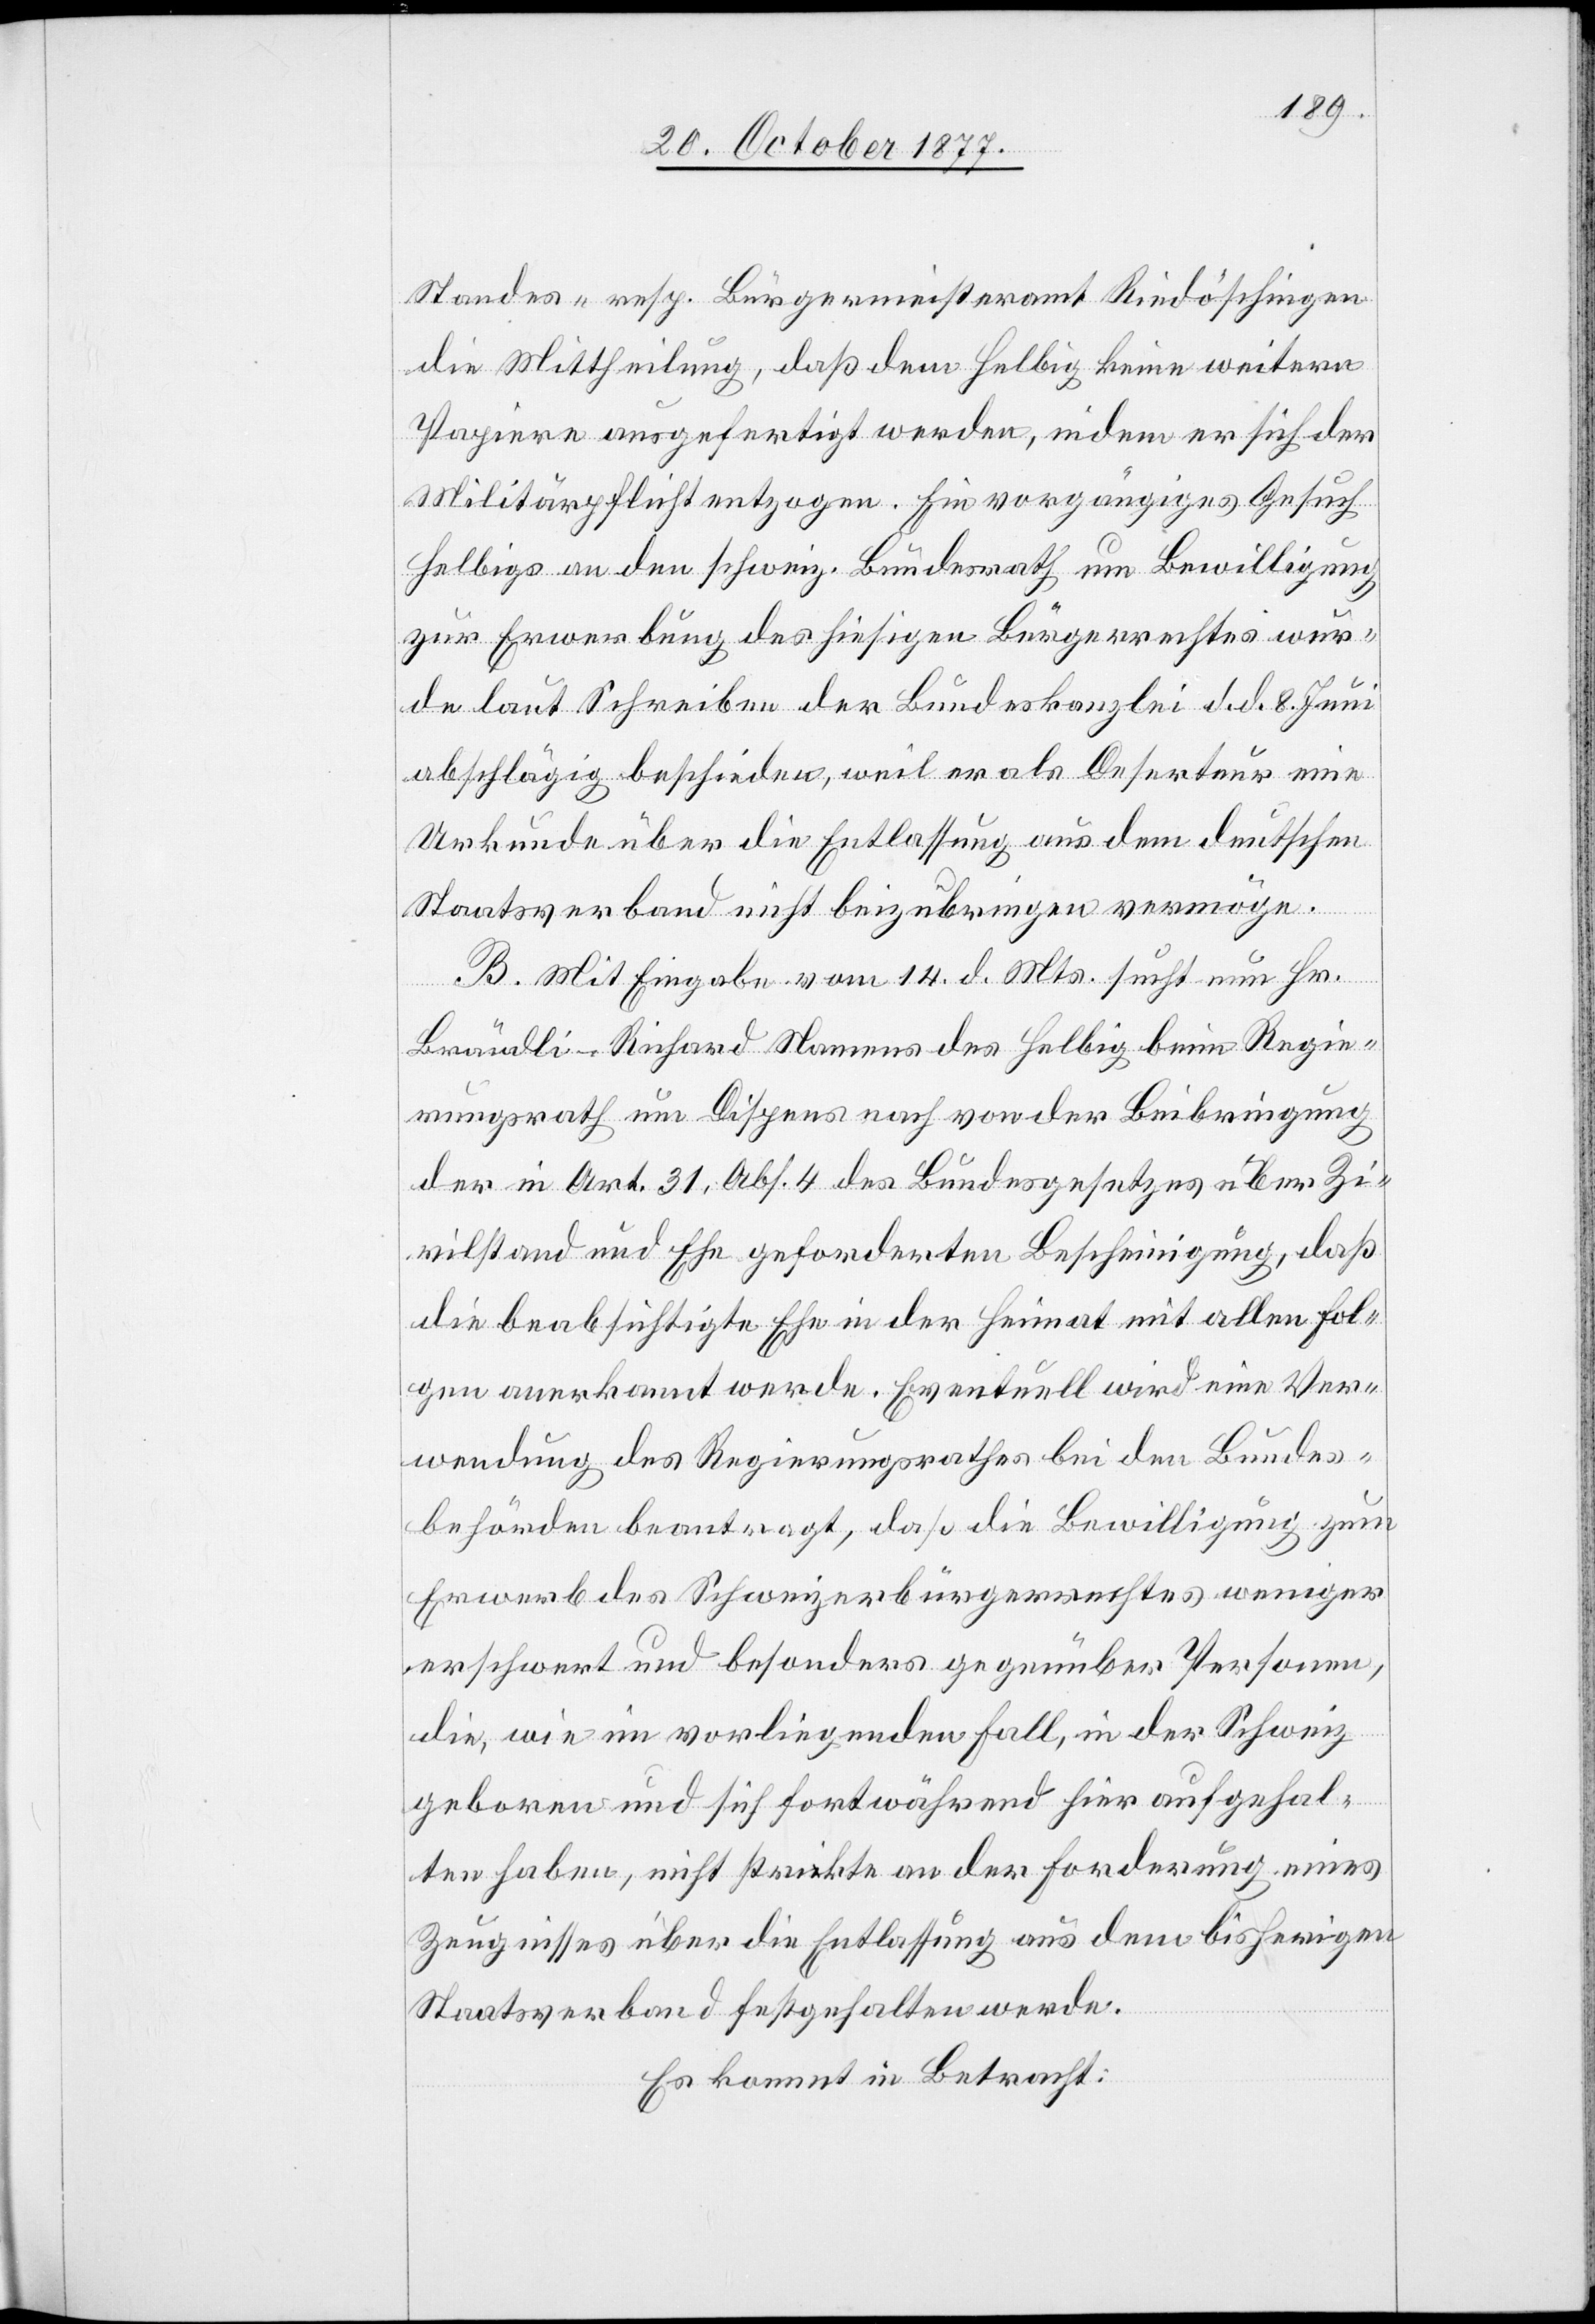
Standes- resp. Bürgermeisteramt Riedöschingen
die Mittheilung, daß dem Helbig keine weitern
Papiere ausgefertigt werden, indem er sich der
Militärpflicht entzogen. Ein vorgängiges Gesuch
Helbigs an den schweiz. Bundesrath um Bewilligung
zur Erwerbung des hiesigen Bürgerrechtes wur¬
de laut Schreiben der Bundeskanzlei d. d. 8. Juni
abschlägig beschieden, weil er als Deserteur eine
Urkunde über die Entlassung aus dem deutschen
Staatsverband nicht beizubringen vermöge.
B. Mit Eingabe vom 14. d. Mts. sucht nun Hr.
Brändli-Richard Namens des Helbig beim Regie¬
rungsrath um Dispens nach von der Beibringung
der in Art. 31, Abs. 4 des Bundesgesetzes über Zi¬
vilstand und Ehe geforderten Bescheinigung, daß
die beabsichtigte Ehe in der Heimat mit allen Fol¬
gen anerkannt werde. Eventuell wird eine Ver¬
wendung des Regierungsrathes bei den Bundes¬
behörden beantragt, daß die Bewilligung zum
Erwerb des Schweizerbürgerrechtes weniger
erschwert und besonders gegenüber Personen,
die, wie im vorliegenden Fall, in der Schweiz
geboren und sich fortwährend hier aufgehal¬
ten haben, nicht strikte an der Forderung eines
Zeugnisses über die Entlassung aus dem bisherigen
Staatsverband festgehalten werde.
Es kommt in Betracht: